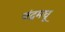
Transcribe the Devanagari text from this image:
चंद्रमधू